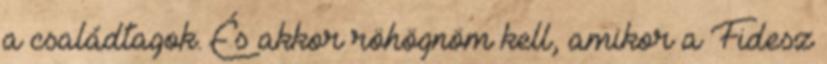
a családtagok. És akkor röhögnöm kell, amikor a Fidesz